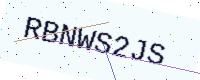
Text: RBNWS2JS